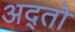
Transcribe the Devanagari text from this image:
अद्तो